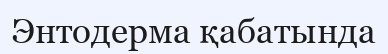
Энтодерма қабатында